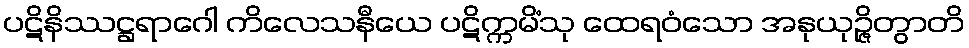
ပဋိနိဿဋ္ဌရာဂေါ ကိလေသနီယေ ပဋိက္ကမိံသု ထေရဝံသော အနုယုဉ္ဇိတွာတိ